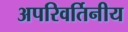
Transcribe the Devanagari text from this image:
अपरिवर्तिनीय